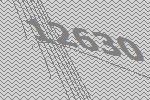
12630